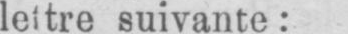
suivante: